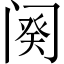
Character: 阕